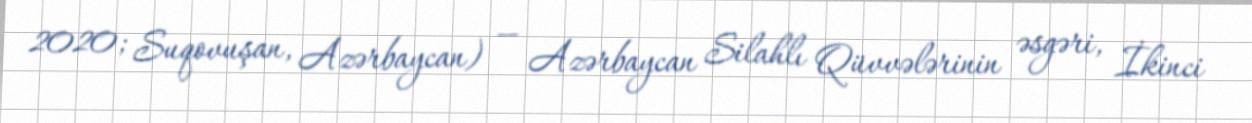
2020; Suqovuşan, Azərbaycan) — Azərbaycan Silahlı Qüvvələrinin əsgəri, İkinci